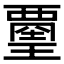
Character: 𧟿